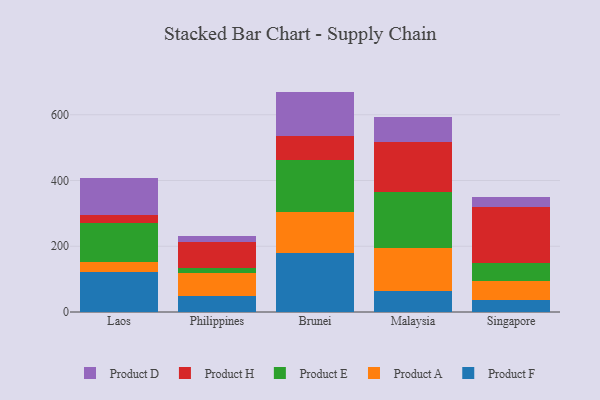
{"axis": {"x": "Country", "y": "Demand Index"}, "legend": ["Product A", "Product D", "Product E", "Product F", "Product H"], "data": [{"x": "Laos", "y": 123.1, "type": "Product F"}, {"x": "Laos", "y": 28.2, "type": "Product A"}, {"x": "Laos", "y": 118.5, "type": "Product E"}, {"x": "Laos", "y": 25.1, "type": "Product H"}, {"x": "Laos", "y": 112.8, "type": "Product D"}, {"x": "Philippines", "y": 49.1, "type": "Product F"}, {"x": "Philippines", "y": 68.9, "type": "Product A"}, {"x": "Philippines", "y": 16.5, "type": "Product E"}, {"x": "Philippines", "y": 78.3, "type": "Product H"}, {"x": "Philippines", "y": 17.2, "type": "Product D"}, {"x": "Brunei", "y": 178.3, "type": "Product F"}, {"x": "Brunei", "y": 127.4, "type": "Product A"}, {"x": "Brunei", "y": 157.6, "type": "Product E"}, {"x": "Brunei", "y": 72.7, "type": "Product H"}, {"x": "Brunei", "y": 134.4, "type": "Product D"}, {"x": "Malaysia", "y": 64.9, "type": "Product F"}, {"x": "Malaysia", "y": 130.5, "type": "Product A"}, {"x": "Malaysia", "y": 169.1, "type": "Product E"}, {"x": "Malaysia", "y": 153.8, "type": "Product H"}, {"x": "Malaysia", "y": 73.7, "type": "Product D"}, {"x": "Singapore", "y": 36.4, "type": "Product F"}, {"x": "Singapore", "y": 59.3, "type": "Product A"}, {"x": "Singapore", "y": 54.5, "type": "Product E"}, {"x": "Singapore", "y": 169.4, "type": "Product H"}, {"x": "Singapore", "y": 30.5, "type": "Product D"}]}